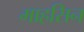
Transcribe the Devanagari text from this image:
माहसिन